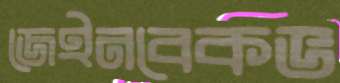
জেইনবেকভ